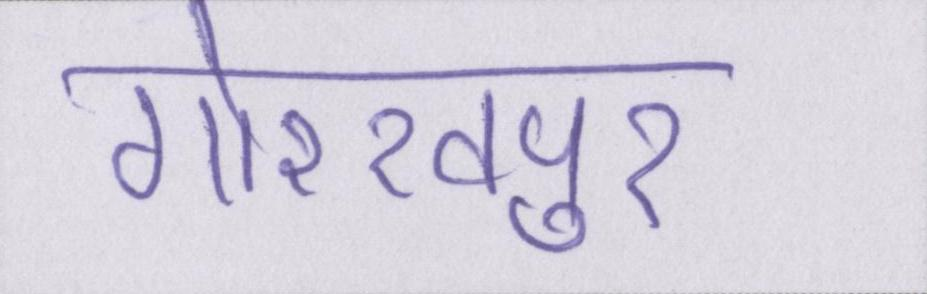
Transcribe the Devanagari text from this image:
गोरखपुर